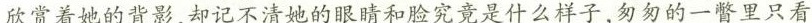
欣赏她的背影，却记不清她的眼睛和脸庞究竟是什么样子，匆匆的一瞥里只看